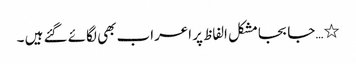
٭…جا بجامشکل الفاظ پر اعراب بھی لگائے گئے ہیں ۔